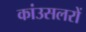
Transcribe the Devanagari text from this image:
कांउसलरों